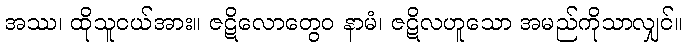
အဿ၊ ထိုသူငယ်အား။ ဇဋိလောတွေဝ နာမံ၊ ဇဋိလဟူသော အမည်ကိုသာလျှင်။